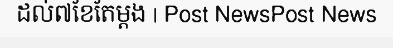
ដល់៧ខែតែម្តង | Post NewsPost News